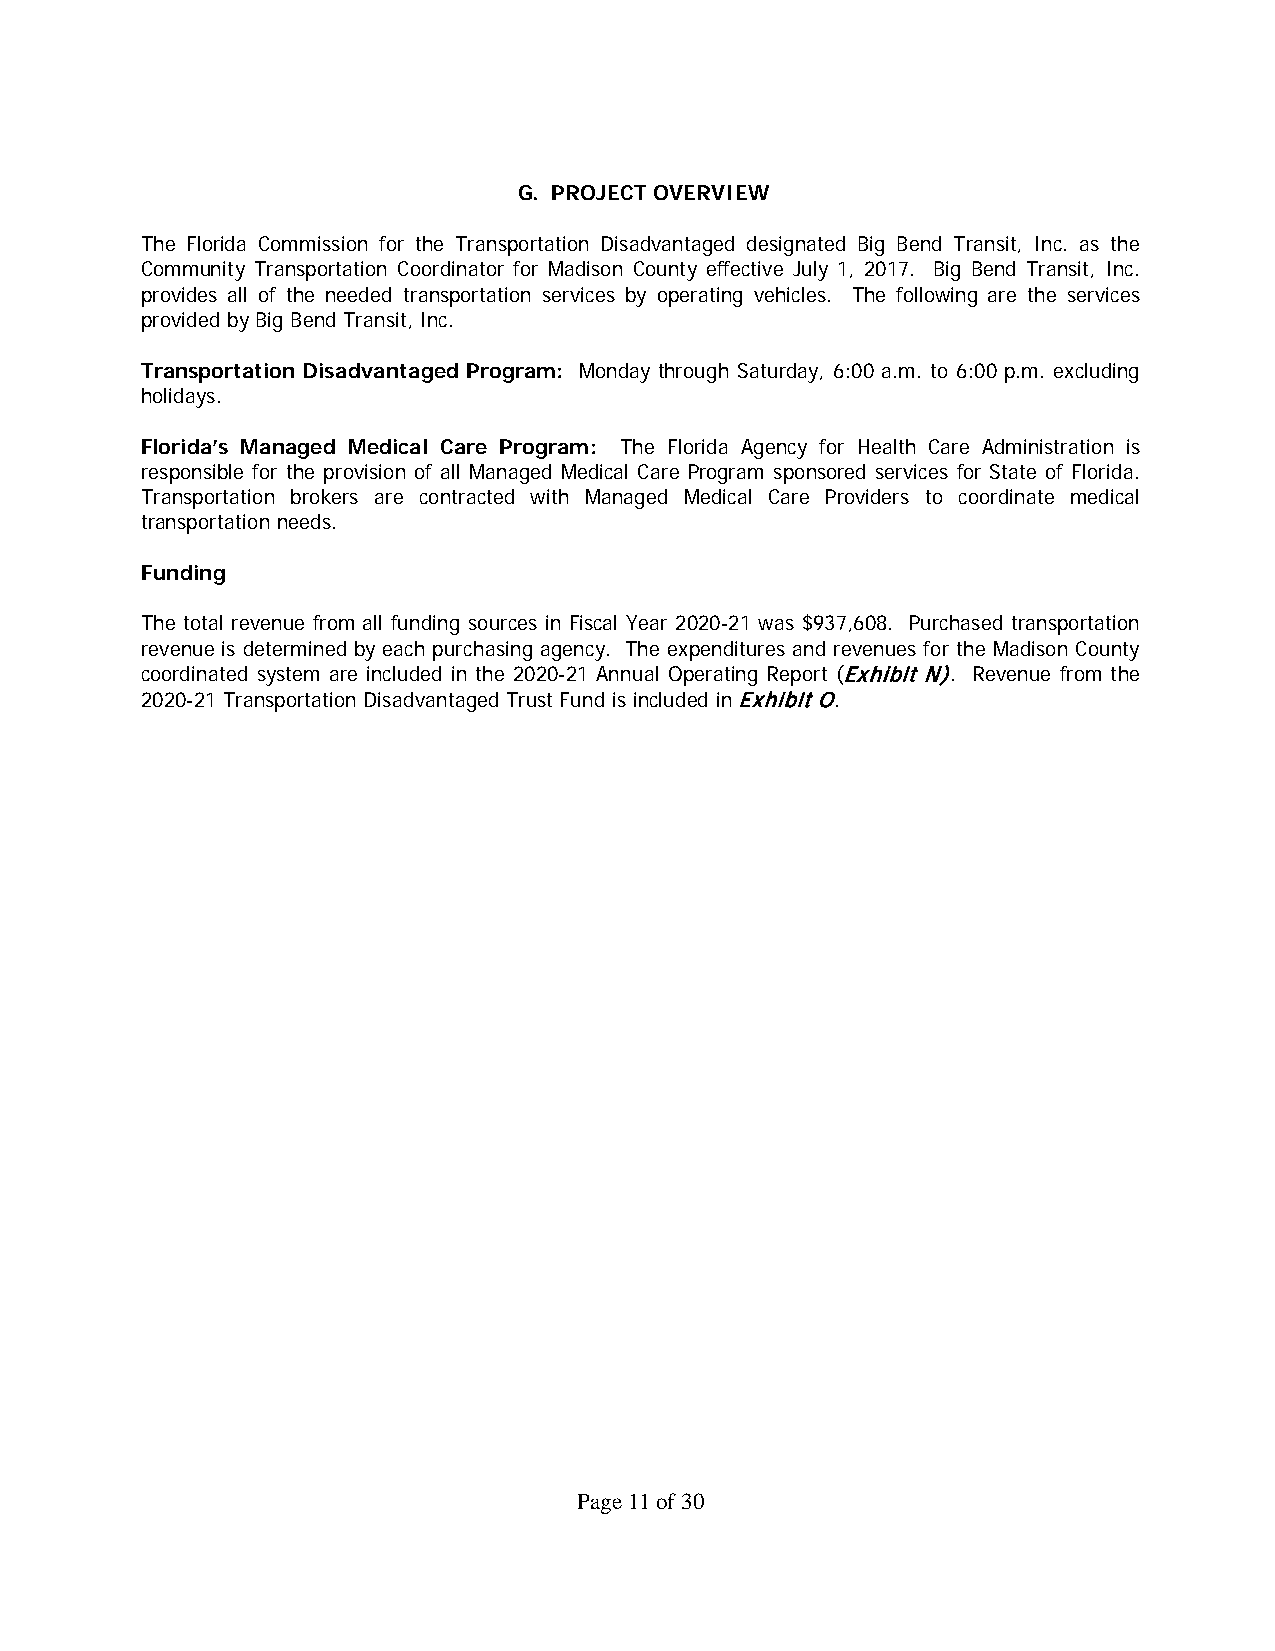
G. PROJECT OVERVIEW
 The Florida Commission for the Transportation Disadvantaged designated Big Bend Transit, Inc. as the
 Community Transportation Coordinator for Madison County effective July 1, 2017. Big Bend Transit, Inc.
 provides all of the needed transportation services by operating vehicles. The following are the services
 provided by Big Bend Transit, Inc.
 Transportation Disadvantaged Program: Monday through Saturday, 6:00 a.m. to 6:00 p.m. excluding
 holidays.
 Florida’s Managed Medical Care Program: The Florida Agency for Health Care Administration is
 responsible for the provision of all Managed Medical Care Program sponsored services for State of Florida.
 Transportation brokers are contracted with Managed Medical Care Providers to coordinate medical
 transportation needs.
 Funding
 The total revenue from all funding sources in Fiscal Year 2020-21 was $937,608. Purchased transportation
 revenue is determined by each purchasing agency. The expenditures and revenues for the Madison County
 coordinated system are included in the 2020-21 Annual Operating Report (Exhibit N). Revenue from the
 2020-21 Transportation Disadvantaged Trust Fund is included in Exhibit O.
 Page 11 of 30